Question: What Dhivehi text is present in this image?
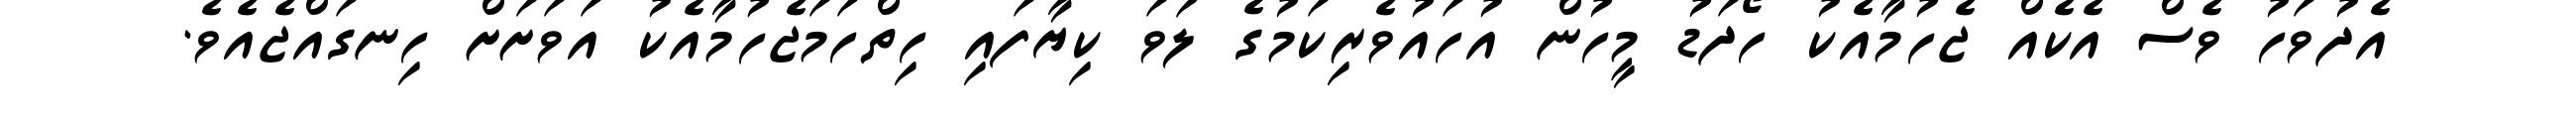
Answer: އެދުވަހު ވެސް އެކެއް ޖެހުމާއެކު ހޯދަޑު މީހުން އުހައުވެރިކަމުގެ ލަވަ ކިޔާފައި ހިތްހަމަޖެހުމާއެކު އަވަށަށް ހިނގައްޖެއެވެ.